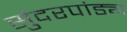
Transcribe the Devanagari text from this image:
सुंदरपांड्य